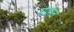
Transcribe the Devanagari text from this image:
माहान